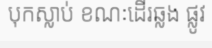
បុកស្លាប់ ខណៈដើរឆ្លង ផ្លូវ